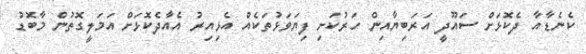
ކެނެޑާއާ ދެކޮޅަށް ސައޫދީ އަރަބިޔާއިން ހަރުކަށި ފިޔަވަޅުތަކެއް އެޅިއިރު އެއާދެކޮޅަށް އަމަލީގޮތުން މާބޮޑު